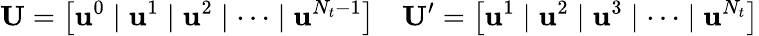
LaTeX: \mathbf{U}=\big[\mathbf{u}^{0}\mid\mathbf{u}^{1}\mid\mathbf{u}^{2}\mid\cdots\mid\mathbf{u}^{N_{t}-1}\big]\quad\mathbf{U}^{\prime}=\big[\mathbf{u}^{1}\mid\mathbf{u}^{2}\mid\mathbf{u}^{3}\mid\cdots\mid\mathbf{u}^{N_{t}}\big]